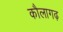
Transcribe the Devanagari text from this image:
कौलागढ़